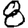
Digit: 8